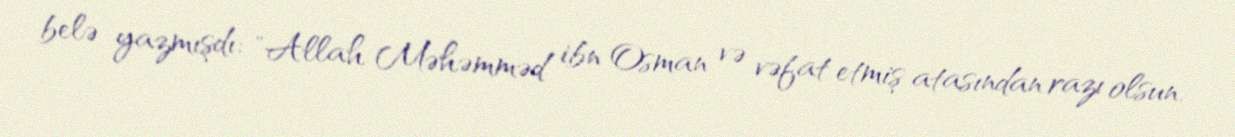
belə yazmışdı: "Allah Məhəmməd ibn Osman və vəfat etmiş atasından razı olsun.